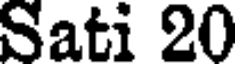
Sati 20